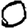
Digit: 0